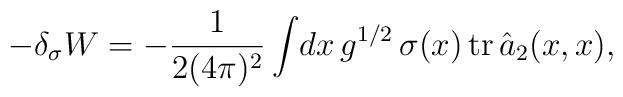
-\delta_\sigma W=-\frac1{2(4\pi)^2}\int\! dx\, g^{1/2}\,	\sigma(x)\,{\rm tr}\,\hat{a}_2(x,x),